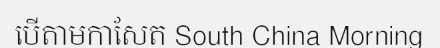
បើតាមកាសែត South China Morning